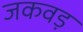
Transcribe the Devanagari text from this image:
जकवड़